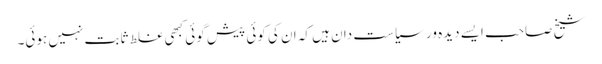
شیخ صاحب ایسے دیدہ ور سیاست دان ہیں کہ ان کی کوئی پیش گوئی کبھی غلط ثابت نہیں ہوئی۔